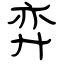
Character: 弈